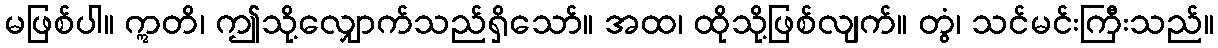
မဖြစ်ပါ။ ဣတိ၊ ဤသို့လျှောက်သည်ရှိသော်။ အထ၊ ထိုသို့ဖြစ်လျက်။ တွံ၊ သင်မင်းကြီးသည်။